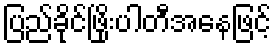
ပြည်ခိုင်ဖြိုးပါတီအနေဖြင့်